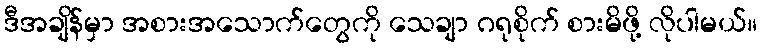
ဒီအချိန်မှာ အစားအသောက်တွေကို သေချာ ဂရုစိုက် စားမိဖို့ လိုပါမယ်။